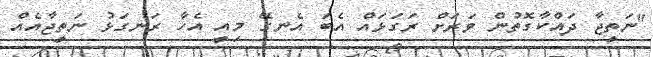
"ނަތީޖާ ދައްކާގޮތުން ވަރަށް ރަގަޅައް އެބަ އެނގޭ މިއީ އެހާ ރަަނގަޅު ނަތީޖާއެއް